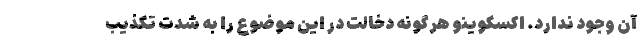
آن وجود ندارد. اکسکوینو هرگونه دخالت در این موضوع را به شدت تکذیب